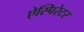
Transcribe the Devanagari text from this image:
ऐस्पिरेटर